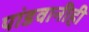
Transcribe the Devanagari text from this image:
पांडवानीही